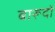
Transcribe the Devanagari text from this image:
बारूदों